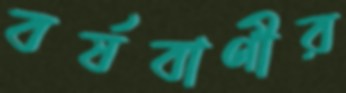
বর্ষবাণীর